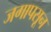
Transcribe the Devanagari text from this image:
जगापसून